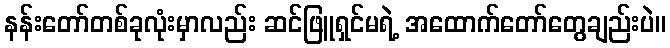
နန်းတော်တစ်ခုလုံးမှာလည်း ဆင်ဖြူရှင်မရဲ့ အထောက်တော်တွေချည်းပဲ။